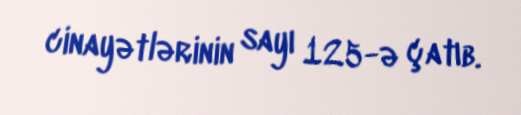
cinayətlərinin sayı 125-ə çatıb.